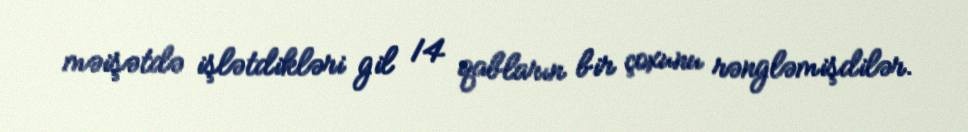
məişətdə işlətdikləri gil 14 qabların bir çoxunu rəngləmişdilər.